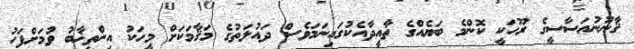
ޤާނޫނުއަސާސީގެ ރޫހަކީ ކޮންމެ ބަޔެއްގެ ތާއީދާއެކުގައިނަމަވެސް ދައުލަތުގެ މަޤާމަކަށް މީހަކު އިންތިޚާބު ވުމަށްފަހު